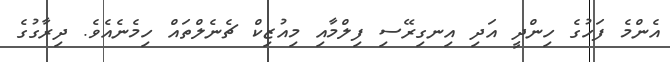
އެންމެ ފަހުގެ ހިންދީ އަދި އިނގިރޭސި ފިލްމާއި މިއުޒިކް ޗެނެލްތައް ހިމެނެއެވެ. ދިރާގުގެ